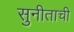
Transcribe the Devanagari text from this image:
सुनीताची